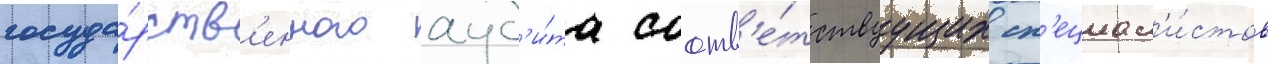
госуда́рств'енного ауд'и́та соотв'е́тствуущих сп'ециал'и́стов